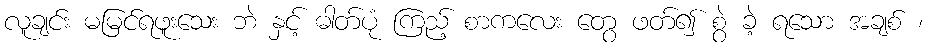
လူချင်း မမြင်ရဖူးသေး ဘဲ နှင့် ဓါတ်ပုံ ကြည့် စာကလေး တွေ ဖတ်၍ စွဲ ခဲ့ ရသော အချစ် ၊